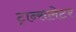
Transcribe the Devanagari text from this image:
ट्रान्सलेटर